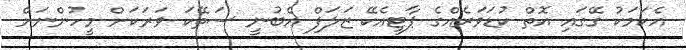
އެކަމަކު ގޭގައި އޮތް ކުޑަވަރެއްގެ ޕާޓީއެކޭ ޒަލަފް އެބުނީ ސަތޭކަ ވަރަކަށް މީހުންނަށް